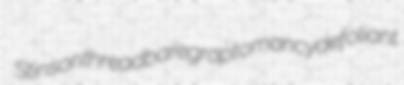
Stinson threadbare graptomancy defoliant